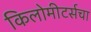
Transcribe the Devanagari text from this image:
किलोमीटर्सचा